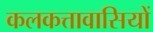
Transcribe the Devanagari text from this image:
कलकत्तावासियों